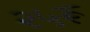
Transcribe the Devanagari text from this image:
२५रू